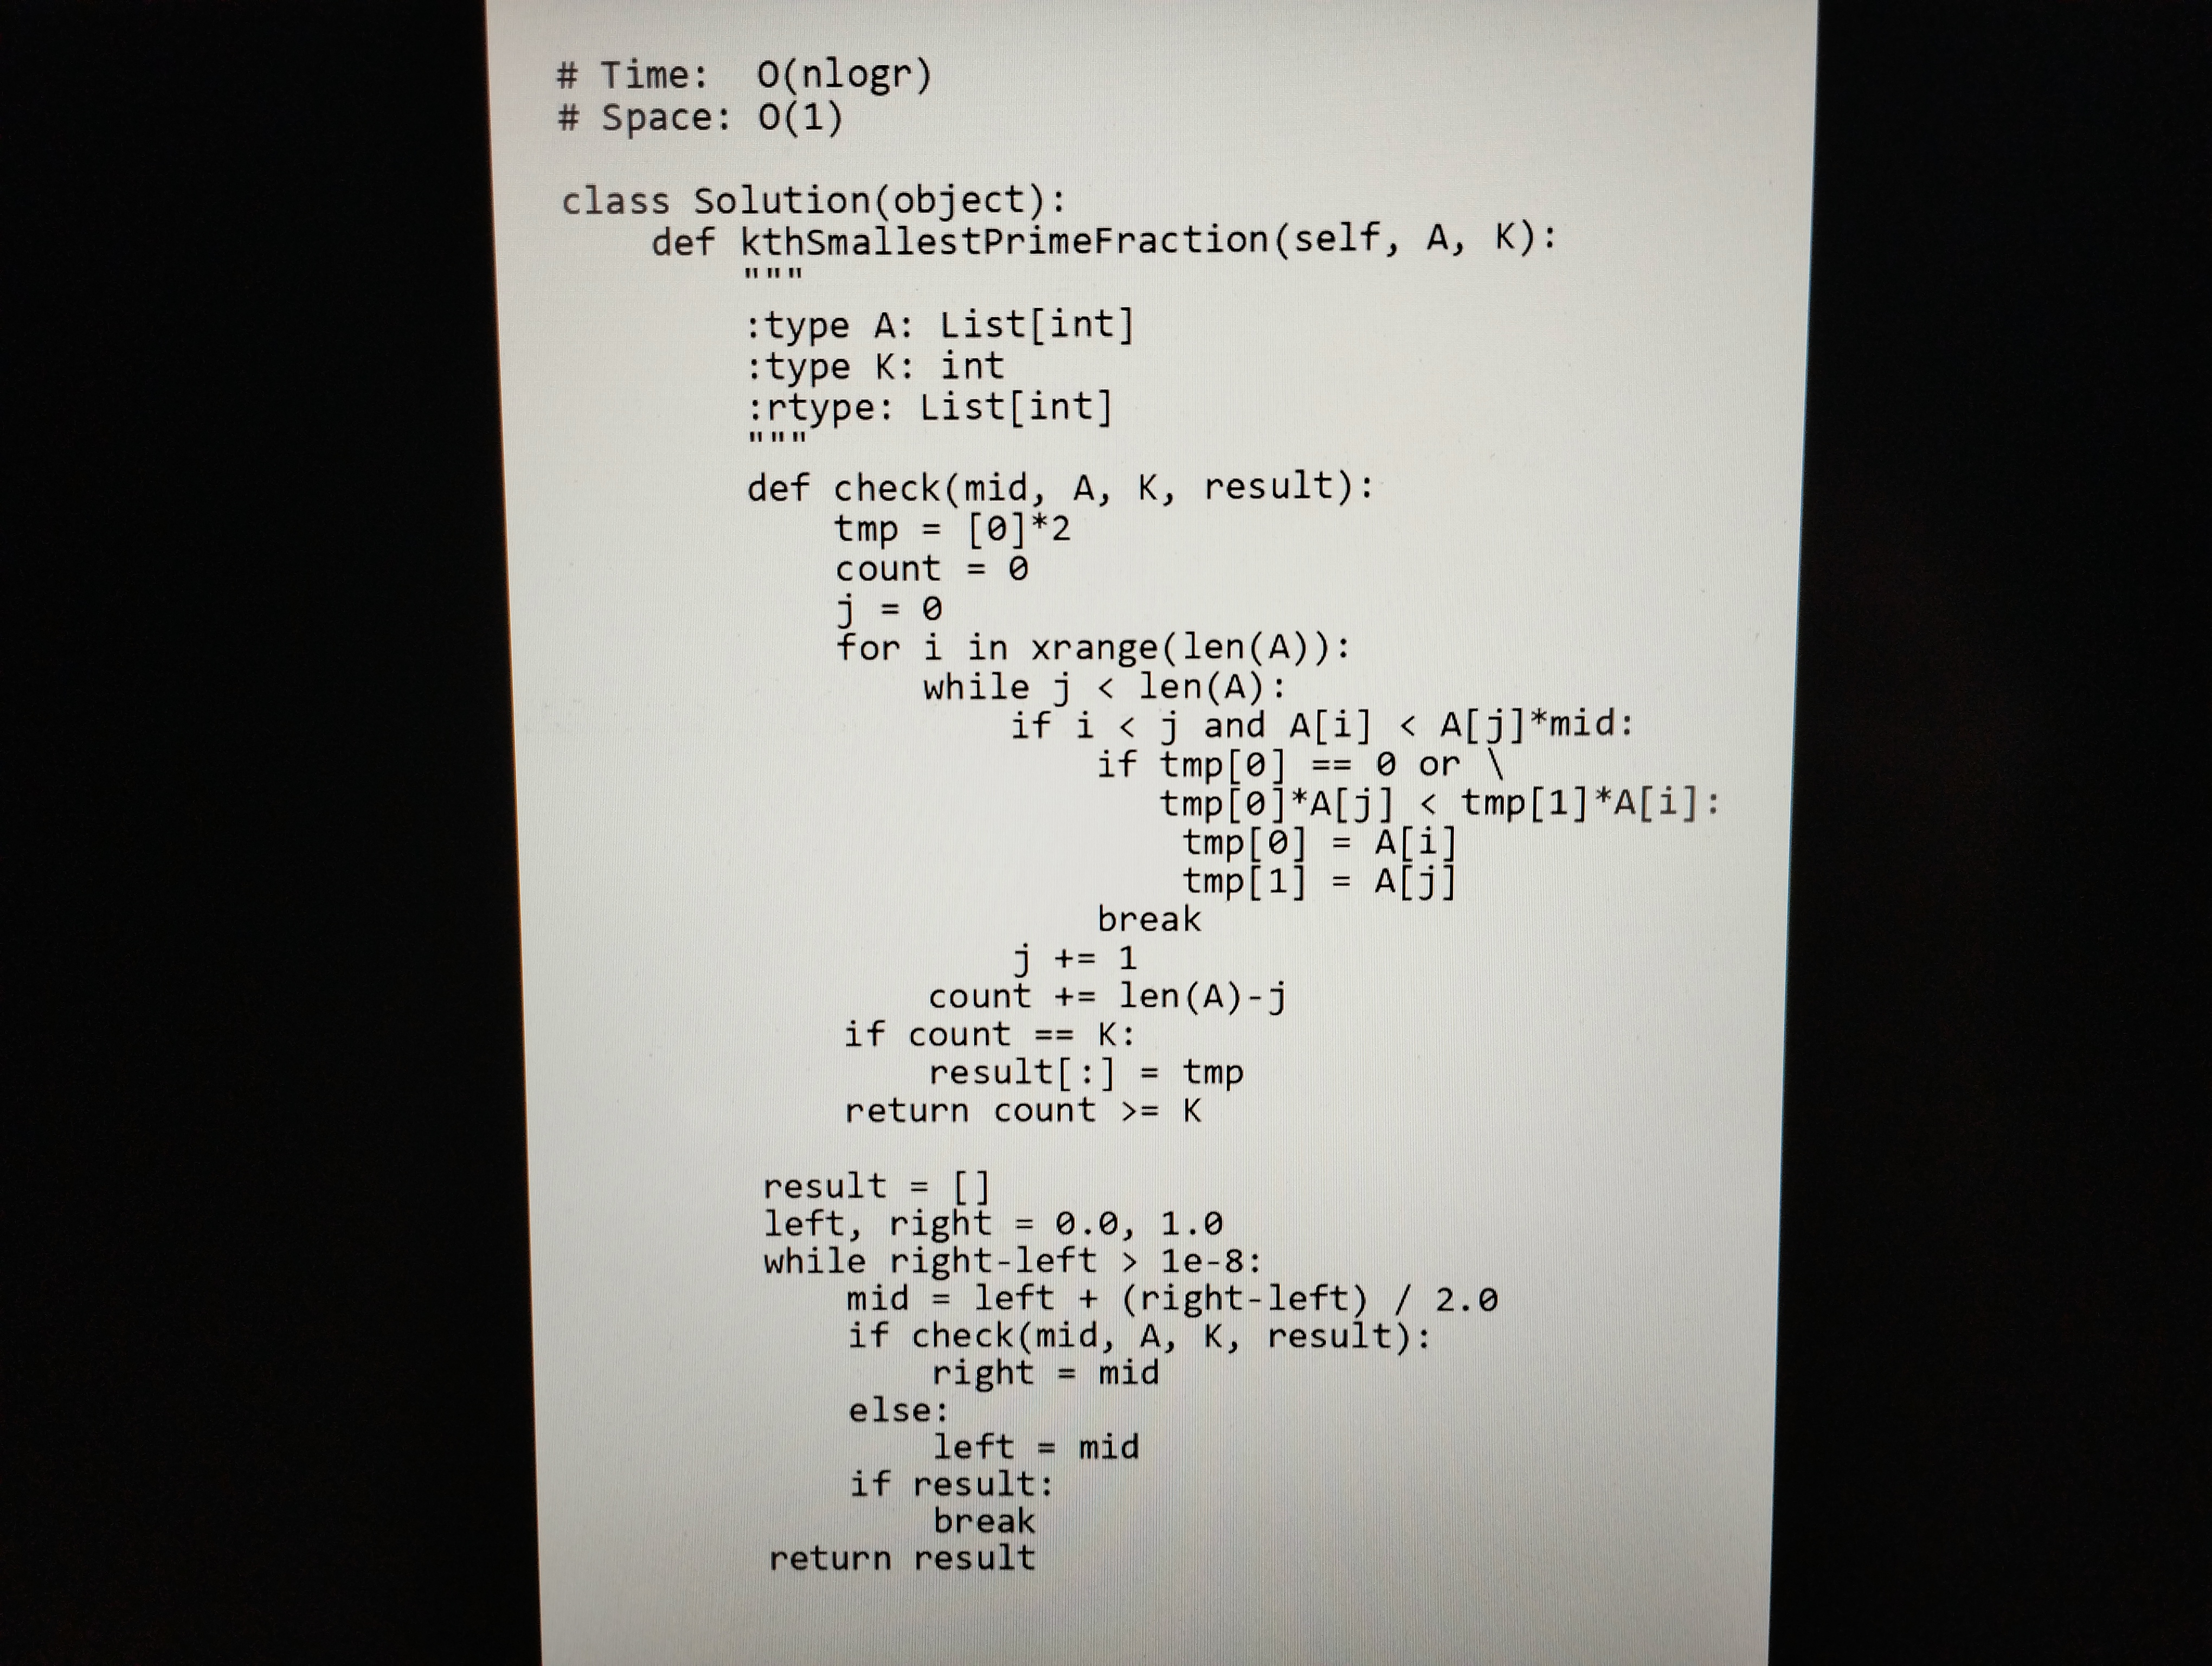
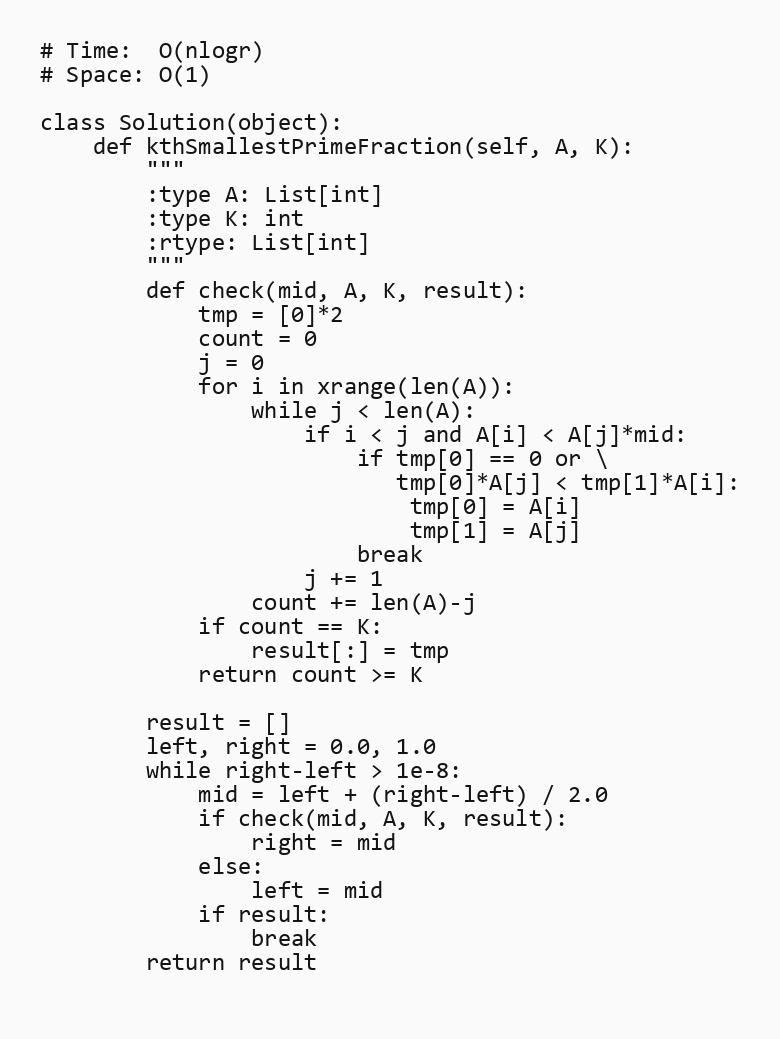
# Time:  O(nlogr)
# Space: O(1)

class Solution(object):
    def kthSmallestPrimeFraction(self, A, K):
        """
        :type A: List[int]
        :type K: int
        :rtype: List[int]
        """
        def check(mid, A, K, result):
            tmp = [0]*2
            count = 0
            j = 0
            for i in xrange(len(A)):
                while j < len(A):
                    if i < j and A[i] < A[j]*mid:
                        if tmp[0] == 0 or \
                           tmp[0]*A[j] < tmp[1]*A[i]:
                            tmp[0] = A[i]
                            tmp[1] = A[j]
                        break
                    j += 1
                count += len(A)-j
            if count == K:
                result[:] = tmp
            return count >= K

        result = []
        left, right = 0.0, 1.0
        while right-left > 1e-8:
            mid = left + (right-left) / 2.0
            if check(mid, A, K, result):
                right = mid
            else:
                left = mid
            if result:
                break
        return result